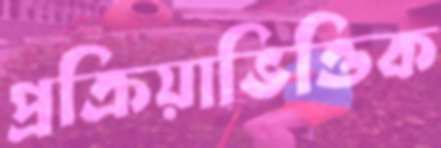
প্রক্রিয়াভিত্তিক